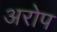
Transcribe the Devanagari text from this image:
अरोप